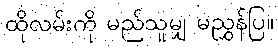
ထိုလမ်းကို မည်သူမျှ မညွှန်ပြ။